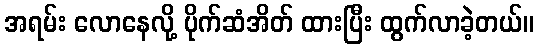
အရမ်း လောနေလို့ ပိုက်ဆံအိတ် ထားပြီး ထွက်လာခဲ့တယ်။